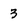
Character: 3